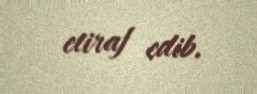
etiraf edib.